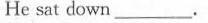
He sat down ___。